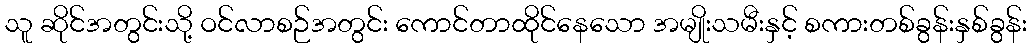
သူ ဆိုင်အတွင်းသို့ ဝင်လာစဉ်အတွင်း ကောင်တာထိုင်နေသော အမျိုးသမီးနှင့် စကားတစ်ခွန်းနှစ်ခွန်း